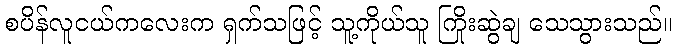
စပိန်လူငယ်ကလေးက ရှက်သဖြင့် သူ့ကိုယ်သူ ကြိုးဆွဲချ သေသွားသည်။